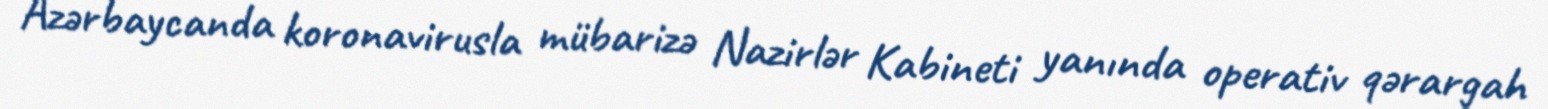
Azərbaycanda koronavirusla mübarizə Nazirlər Kabineti yanında operativ qərargah